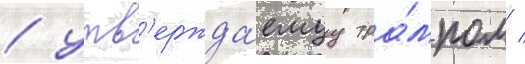
/ утв'ержда́емуу тра́мпом /